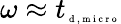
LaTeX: \omega\approx{t}_{\tiny{\mathrm{~d~,~m~i~c~r~o~}}}